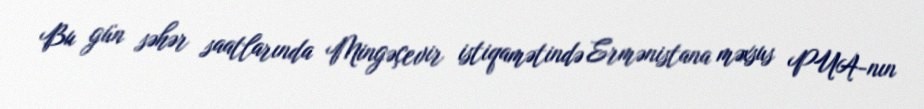
Bu gün səhər saatlarında Mingəçevir istiqamətində Ermənistana məxsus PUA-nın